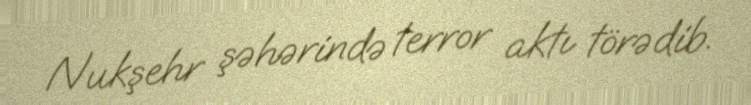
Nukşehr şəhərində terror aktı törədib.